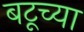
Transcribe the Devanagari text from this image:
बटूच्या